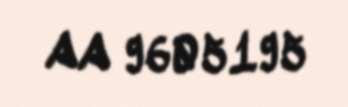
AA 9605195